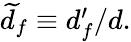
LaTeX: \begin{array}{r}{\widetilde d_{f}\equiv d_{f}^{\prime}/d.}\end{array}